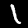
Digit: 1